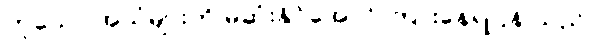
ဟူသော အသံများကို မဆုံးနိုင်အောင် ကြားနေရပြန် သည်။